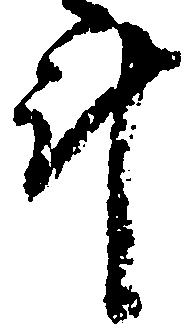
斗